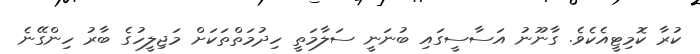
ކުރާ ކޮމިޓީއެކެވެ. ގާނޫނު އަސާސީގައި ބުނަނީ ސަލާމަތީ ހިދުމަތްތަކަށް މަޖިލީހުގެ ބާރު ހިންގޭނެ